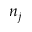
n _ { j }